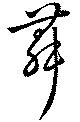
舞